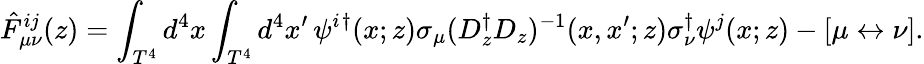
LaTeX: \hat{F}_{\mu\nu}^{ij}(z)=\int_{T^{4}}d^{4}x\int_{T^{4}}d^{4}x^{\prime}\, \psi^{i}{}^{\dagger}(x;z)\sigma_{\mu}(D_{z}^{\dagger}D_{z})^{-1}(x,x^{\prime};z)\sigma_{\nu}^{\dagger}\psi^{j}(x;z)-[\mu\leftrightarrow\nu].